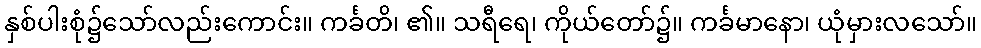
နှစ်ပါးစုံ၌သော်လည်းကောင်း။ ကင်္ခတိ၊ ၏။ သရီရေ၊ ကိုယ်တော်၌။ ကင်္ခမာနော၊ ယုံမှားလသော်။